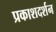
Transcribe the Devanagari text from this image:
प्रकाशदर्शन